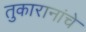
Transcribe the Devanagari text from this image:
तुकारानांचे